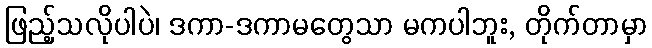
ဖြည့်သလိုပါပဲ၊ ဒကာ-ဒကာမတွေသာ မကပါဘူး, တိုက်တာမှာ